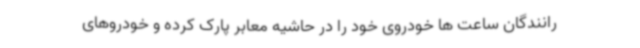
رانندگان ساعت ها خودروی خود را در حاشیه معابر پارک کرده و خودروهای